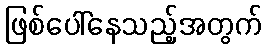
ဖြစ်ပေါ်နေသည့်အတွက်